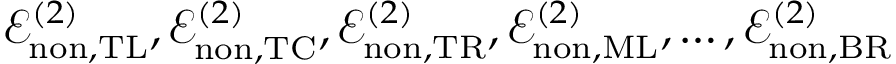
\mathcal { E } _ { \mathrm { n o n } , \mathrm { T L } } ^ { ( 2 ) } , \mathcal { E } _ { \mathrm { n o n } , \mathrm { T C } } ^ { ( 2 ) } , \mathcal { E } _ { \mathrm { n o n } , \mathrm { T R } } ^ { ( 2 ) } , \mathcal { E } _ { \mathrm { n o n } , \mathrm { M L } } ^ { ( 2 ) } , \dotsc , \mathcal { E } _ { \mathrm { n o n } , \mathrm { B R } } ^ { ( 2 ) }